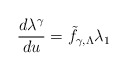
\begin{align*}\frac{d\lambda^{\gamma}}{du} = {\tilde f}_{\gamma, \Lambda}\lambda_1\end{align*}